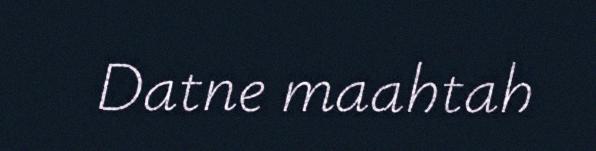
Datne maahtah